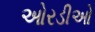
ઓરડીઓ